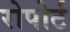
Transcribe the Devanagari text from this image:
रोपोर्ट